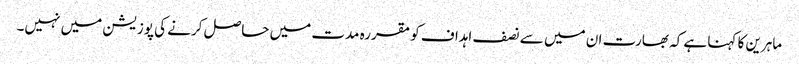
ماہرین کا کہنا ہے کہ بھارت ان میں سے نصف اہداف کو مقررہ مدت میں حاصل کرنے کی پوزیشن میں نہیں۔